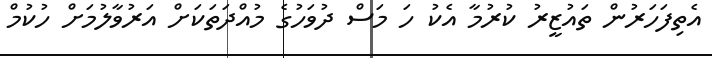
އެތިފަހަރުން ތައުޒީރު ކުރުމާ އެކު ހަ މަސް ދުވަހުގެ މުއްދަތަކަށް އަރުވާލުމަށް ހުކުމް